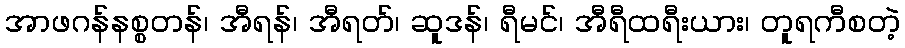
အာဖဂန်နစ္စတန်၊ အီရန်၊ အီရတ်၊ ဆူဒန်၊ ရီမင်၊ အီရီထရီးယား၊ တူရကီစတဲ့